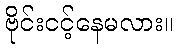
ဗိုင်းငင့်နေမလား။